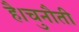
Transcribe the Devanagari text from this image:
है।चुनौती